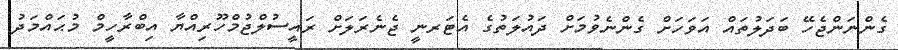
ގެންނަންޖެހޭ ބަދަލުތައް އަވަހަށް ގެންނެވުމަށް ދައުލަތުގެ އެޓަރނީ ޖެނެރަލަށް ރައީސުލްޖުމްހޫރިއްޔާ އިބްރާހީމް މުޙައްމަދު